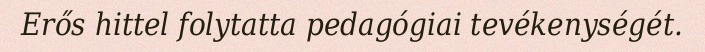
Erős hittel folytatta pedagógiai tevékenységét.